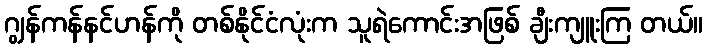
ဂျွန်ကန်နင်ဟန်ကို တစ်နိုင်ငံလုံးက သူရဲကောင်းအဖြစ် ချီးကျူးကြ တယ်။